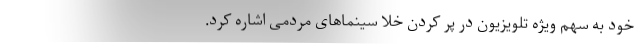
خود به سهم ویژه تلویزیون در پر کردن خلا سینماهای مردمی اشاره کرد.